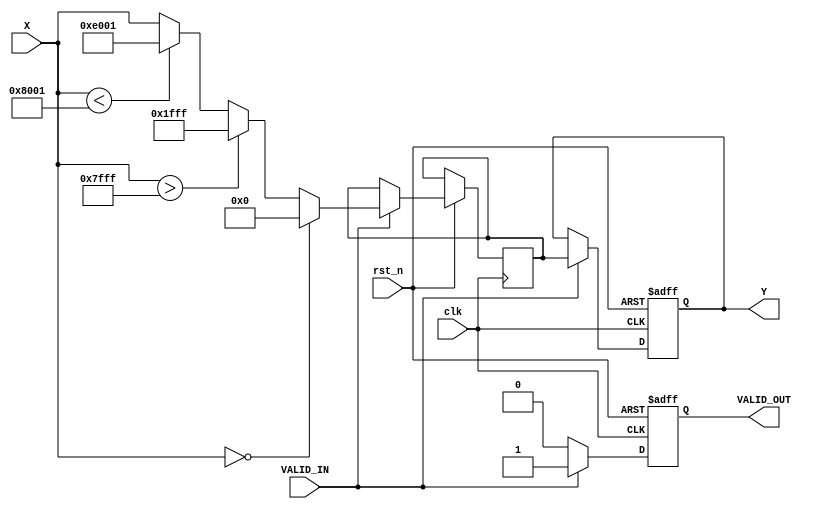
module atan_block (
    input wire clk,
    input wire rst_n,
    input wire signed [15:0] X,      // Input signal (signed 16-bit)
    input wire VALID_IN,              // Valid input signal
    output reg signed [15:0] Y,       // Output signal (signed 16-bit)
    output reg VALID_OUT               // Valid output signal
);

    // Constants for /2 in fixed-point representation
    parameter PI_OVER_2 = 16'h1FFF; // Approximation of /2 (in Q15 format)

    // Internal state
    reg signed [15:0] atan_result;

    always @(posedge clk or negedge rst_n) begin
        if (!rst_n) begin
            Y <= 16'h0000;          // Reset output
            VALID_OUT <= 1'b0;     // Reset valid output
        end else begin
            if (VALID_IN) begin
                // Compute atan using a simple approximation
                if (X == 16'h0000) begin
                    atan_result <= 16'h0000; // atan(0) = 0
                end else if (X > 16'h7FFF) begin
                    atan_result <= PI_OVER_2; // atan(+) = /2
                end else if (X < -16'h7FFF) begin
                    atan_result <= -PI_OVER_2; // atan(-) = -/2
                end else begin
                    // Simple approximation for atan
                    // This is a placeholder for a more complex implementation
                    atan_result <= X; // Replace with actual atan calculation
                end
                
                Y <= atan_result;   // Assign computed result to output
                VALID_OUT <= 1'b1;  // Set valid output
            end else begin
                VALID_OUT <= 1'b0;  // Clear valid output if input is not valid
            end
        end
    end

endmodule